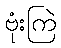
ဗုံးကြဲ